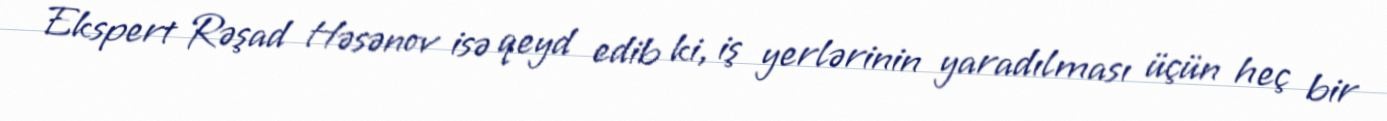
Ekspert Rəşad Həsənov isə qeyd edib ki, iş yerlərinin yaradılması üçün heç bir